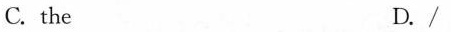
C. the D. /